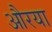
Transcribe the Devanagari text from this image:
औरया